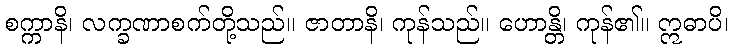
စက္ကာနိ၊ လက္ခဏာစက်တို့သည်။ ဇာတာနိ၊ ကုန်သည်။ ဟောန္တိ၊ ကုန်၏။ ဣဓာပိ၊